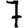
Digit: 7